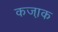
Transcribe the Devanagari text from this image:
कजा़क